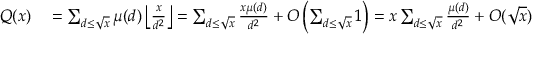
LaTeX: \begin{array} { r l } { Q ( x ) } & { { } = \sum _ { d \leq { \sqrt { x } } } \mu ( d ) \left\lfloor { \frac { x } { d ^ { 2 } } } \right\rfloor = \sum _ { d \leq { \sqrt { x } } } { \frac { x \mu ( d ) } { d ^ { 2 } } } + O \left( \sum _ { d \leq { \sqrt { x } } } 1 \right) = x \sum _ { d \leq { \sqrt { x } } } { \frac { \mu ( d ) } { d ^ { 2 } } } + O ( { \sqrt { x } } ) } \end{array}